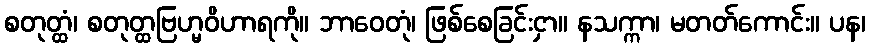
စတုတ္ထံ၊ စတုတ္ထဗြဟ္မဝိဟာရကို။ ဘာဝေတုံ၊ ဖြစ်စေခြင်းငှာ။ နသက္ကာ၊ မတတ်ကောင်း။ ပန၊